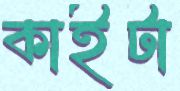
কাইটা